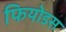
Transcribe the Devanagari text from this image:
फियोडस